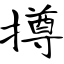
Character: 撙